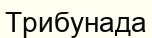
Трибунада